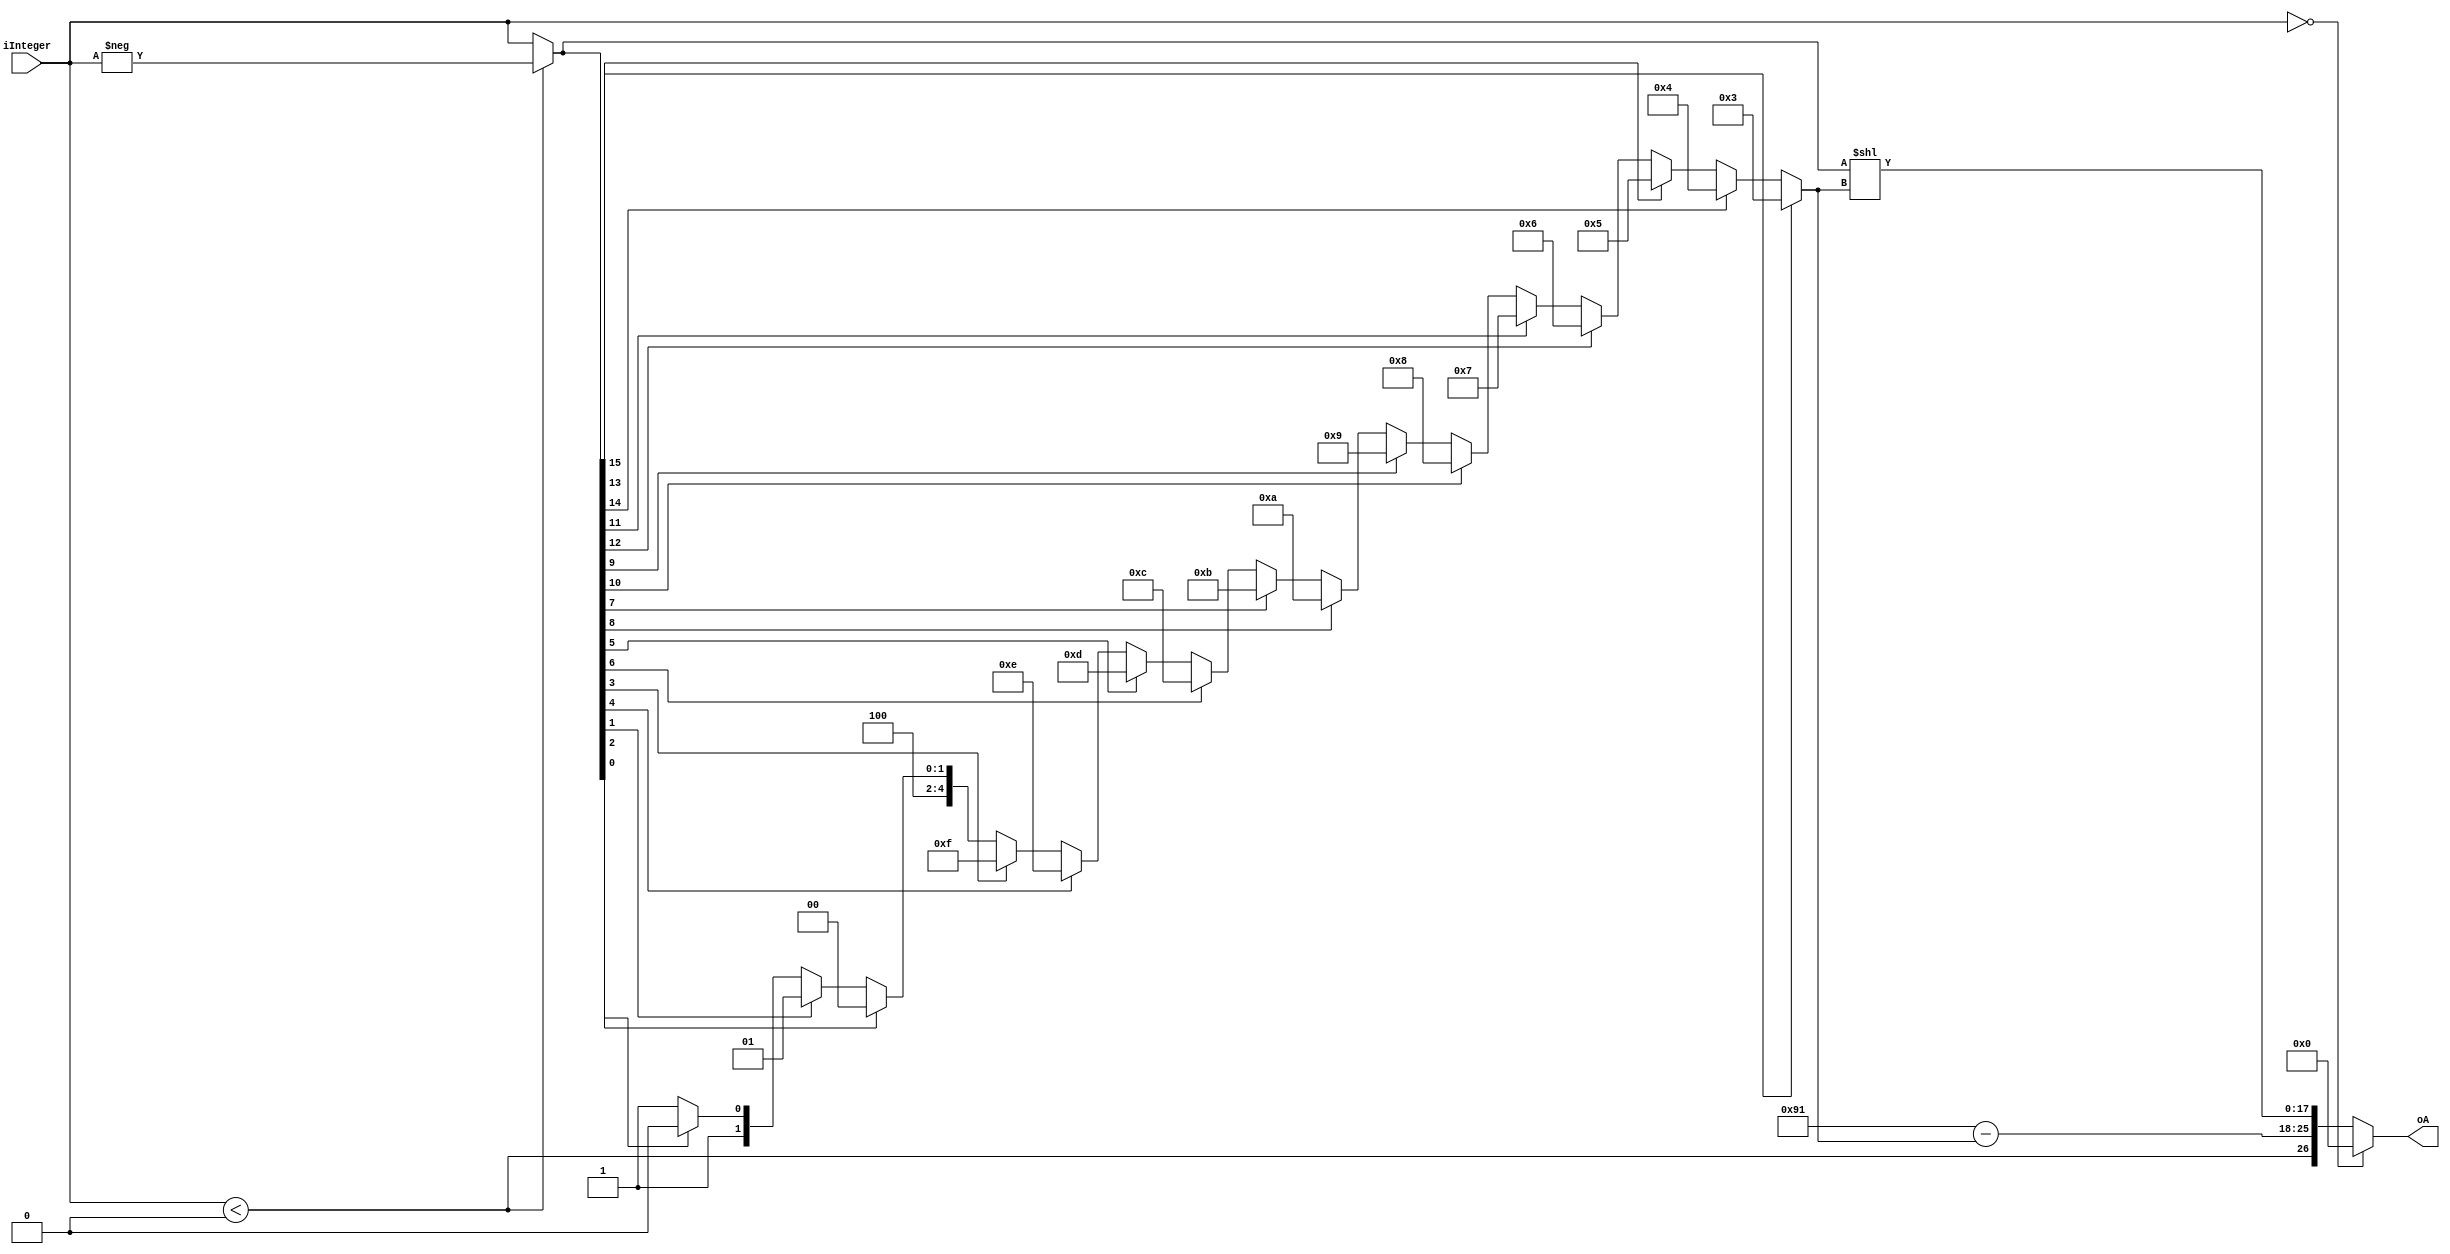
/**************************************************************************
 * Following floating point modules written by Bruce Land                                       
 * March 2017      
 *************************************************************************/
/**************************************************************************
 * Floating Point to 16-bit integer                                             *
 * Combinational      
 * Numbers with mag > than +/-32768 get clipped to 32768 or -32768
 *************************************************************************/
 module Int2Fp(
		input signed [15:0]	iInteger,
		output[26:0]	oA		
 );
		// output fields
    wire        A_s;
    wire [7:0]  A_e;
    wire [17:0] A_f;
    
	 wire [15:0] abs_input ;
	 // get output sign bit
	 assign A_s = (iInteger < 0);
	 // remove sign from input
	 assign abs_input = (iInteger < 0)? -iInteger : iInteger ;
	 
	 // find the most significant (nonzero) bit
	 wire [7:0]  shft_amt;
	 assign shft_amt = abs_input[15] ? 8'd3 :
                      abs_input[14] ? 8'd4 : abs_input[13] ? 8'd5 :
                      abs_input[12] ? 8'd6 : abs_input[11] ? 8'd7 :
                      abs_input[10] ? 8'd8 : abs_input[9]  ? 8'd9 :
                      abs_input[8]  ? 8'd10 : abs_input[7]  ? 8'd11 :
                      abs_input[6]  ? 8'd12 : abs_input[5]  ? 8'd13 :
                      abs_input[4]  ? 8'd14 : abs_input[3]  ? 8'd15 :
                      abs_input[2]  ? 8'd16 : abs_input[1]  ? 8'd17 :
                      abs_input[0]  ? 8'd18 : 8'd19;	
	 // exponent 127 + (18-shift_amt)
	 // 127 is 2^0
	 // 18 is amount '1' is shifted
	 assign A_e = 127 + 18 - shft_amt ;
	 // where the intermediate value is formed
	 wire [33:0] shift_buffer ;
	 // remember that the high-order '1' is not stored,
	 // but is shifted to bit 18
	 assign shift_buffer = {16'b0, abs_input} << shft_amt ;
	 assign A_f = shift_buffer[17:0];
	 assign oA = (iInteger==0)? 27'b0 : {A_s, A_e, A_f};
	 
 endmodule //Int2Fp
 
 /**************************************************************************
 * Floating Point to 16-bit integer                                             *
 * Combinational      
 * Numbers with mag > than +/-32768 get clipped to 32768 or -32768
 *************************************************************************/
 module Fp2Int(
		input	 [26:0]	iA,
		output reg [15:0]	oInteger
 );
		// Extract fields of A and B.
    wire        A_s;
    wire [7:0]  A_e;
    wire [17:0] A_f;
    assign A_s = iA[26];
    assign A_e = iA[25:18];
    assign A_f = iA[17:0];
	 
	 wire [15:0] max_int = 16'h7fff ; //32768
	 wire [33:0] shift_buffer ;
	 // form (1.A_f) and shift it to postiion
	 assign shift_buffer = {15'b0, 1'b1, A_f}<<(A_e-127) ;
	 
	 // If exponent less than 127, oInteger=0
	 // If exponent greater than 127+14 oInteger=max value
	 // Between these two values:
	 //	set up input mantissa with 1.mantissa 
	 //	   and the "1." in the lowest bit of an extended word.
	 // 	shift-left by A_e-127
	 // If the sign bit is set, negate oInteger
	 	
	 always @(*) begin
			if (A_e < 127) oInteger = 16'b0;
			else if (A_e > 141) begin
				if (A_s) oInteger = -max_int;
				else     oInteger = max_int;
			end
			else begin
				if (A_s) oInteger = -shift_buffer[33:18];
				else     oInteger = shift_buffer[33:18];
			end
	 end
	 
 endmodule //Fp2Int
 
/**************************************************************************
 * Floating Point shift                                             *
 * Combinational      
 * Negative shift input is right shift
 *************************************************************************/
 module FpShift(
		input	 [26:0]	iA,
		input   [7:0] 	iShift,
		output [26:0]	oShifted
 );
		// Extract fields of A and B.
    wire        A_s;
    wire [7:0]  A_e;
    wire [17:0] A_f;
    assign A_s = iA[26];
    assign A_e = iA[25:18];
    assign A_f = iA[17:0];
	 // Flip bit 26
	 // zero the output if underflow/overflow
//    assign oShifted = (A_e+iShift<8'd254 && A_e+iShift>8'd2)? 
//									{A_s, A_e+iShift, A_f} 
	 assign oShifted = {A_s, A_e+iShift, A_f} ;	
 endmodule //FpShift
 
/**************************************************************************
 * Floating Point sign negation                                             *
 * Combinational                                                          *
 *************************************************************************/
 module FpNegate(
		input	 [26:0]	iA,
		output [26:0]	oNegative
 );
		// Extract fields of A and B.
    wire        A_s;
    wire [7:0]  A_e;
    wire [17:0] A_f;
    assign A_s = iA[26];
    assign A_e = iA[25:18];
    assign A_f = iA[17:0];
	 // Flip bit 26
    assign oNegative = {~A_s, A_e, A_f};	
 endmodule //FpNegate

 /**************************************************************************
 * Floating Point absolute                                             *
 * Combinational                                                          *
 *************************************************************************/
 module FpAbs(
		input	 [26:0]	iA,
		output [26:0]	oAbs
 );
		// Extract fields of A and B.
    wire        A_s;
    wire [7:0]  A_e;
    wire [17:0] A_f;
    assign A_s = iA[26];
    assign A_e = iA[25:18];
    assign A_f = iA[17:0];
	 // zero bit 26
    assign oAbs = {1'b0, A_e, A_f};	
 endmodule //Fp absolute
 
 /**************************************************************************
 * Floating Point compare                                             *
 * Combinational     
 * output=1 if A>=B
 *************************************************************************/
 module FpCompare(
		input	 [26:0]	iA,
		input	 [26:0]	iB,
		output reg oA_larger
 );
		// Extract fields of A and B.
    wire        A_s;
    wire [7:0]  A_e;
    wire [17:0] A_f;
	 wire        B_s;
    wire [7:0]  B_e;
    wire [17:0] B_f;
    
    assign A_s = iA[26];
    assign A_e = iA[25:18];
    assign A_f = iA[17:0];
	 assign B_s = iB[26];
    assign B_e = iB[25:18];
    assign B_f = iB[17:0];
	 
	 // Determine which of A, B is larger
	 wire A_mag_larger ;
    assign A_mag_larger =(A_e > B_e)                   ? 1'b1  :
                         ((A_e == B_e) && (A_f >= B_f)) ? 1'b1  :
                         1'b0;
								 
	 // now do the sign checks
	 always @(*) begin
			if (A_s==0 && B_s==1) begin  // A positive, B negative
				oA_larger = 1'b1 ;
			end
			else if (A_s==1 && B_s==0) begin  // A negative, B positive
				oA_larger = 1'b0 ;
			end
			else if (A_s==0 && B_s==0) begin  // A positive, B positive
				oA_larger = A_mag_larger ;
			end
			else if (A_s==1 && B_s==1) begin  // A negative, B negative
				oA_larger = ~A_mag_larger ;
			end
			else oA_larger  = 0; // make sure no inferred latch
	 end
 endmodule //FpCompare
 
/**************************************************************************
 * Following floating point written by Mark Eiding mje56                                                      *
 * ECE 5760                                                               *
 * Modified IEEE single precision FP                                      *
 * bit 26:      Sign     (0: pos, 1: neg)                                 *
 * bits[25:18]: Exponent (unsigned)                                       *
 * bits[17:0]:  Fraction (unsigned)                                       *
 *  (-1)^SIGN * 2^(EXP-127) * (1+.FRAC)                                   *
 * (http://en.wikipedia.org/wiki/Single-precision_floating-point_format)  *
 * Adapted from Skyler Schneider ss868                                    *
 *************************************************************************/
/**************************************************************************
 * Floating Point Fast Inverse Square Root                                *
 * 5-stage pipeline                                                       *
 * http://en.wikipedia.org/wiki/Fast_inverse_square_root                  *
 * Magic number 27'd49920718                                              *
 * 1.5 = 27'd33423360                                                     *
 *************************************************************************/
module FpInvSqrt (
    input             iCLK,
    input      [26:0] iA,
    output     [26:0] oInvSqrt
);

    // Extract fields of A and B.
    wire        A_s;
    wire [7:0]  A_e;
    wire [17:0] A_f;
    assign A_s = iA[26];
    assign A_e = iA[25:18];
    assign A_f = iA[17:0];

    //Stage 1
    wire [26:0] y_1, y_1_out, half_iA_1;
    assign y_1 = 27'd49920718 - (iA>>1);
    assign half_iA_1 = {A_s, A_e-8'd1,A_f};
    FpMul s1_mult ( .iA(y_1), .iB(y_1), .oProd(y_1_out) );
    //Stage 2
    reg [26:0] y_2, mult_2_in, half_iA_2;
    wire [26:0] y_2_out;
    FpMul s2_mult ( .iA(half_iA_2), .iB(mult_2_in), .oProd(y_2_out) );
    //Stage 3
    reg [26:0] y_3, add_3_in;
    wire [26:0] y_3_out;
    FpAdd s3_add ( .iCLK(iCLK), .iA({~add_3_in[26],add_3_in[25:0]}), .iB(27'd33423360), .oSum(y_3_out) );
    //Stage 4
    reg [26:0] y_4;
    //Stage 5
    reg [26:0] y_5;
    FpMul s5_mult ( .iA(y_5), .iB(y_3_out), .oProd(oInvSqrt) );
    
    always @(posedge iCLK) begin
    //Stage 1 to 2
    y_2 <= y_1;
    mult_2_in <= y_1_out;
    half_iA_2 <= half_iA_1;
    //Stage 2 to 3
    y_3 <= y_2;
    add_3_in <= y_2_out;
    //Stage 3 to 4
    y_4 <= y_3;
    //Stage 4 to 5
    y_5 <= y_4;
    end
endmodule

/**************************************************************************
 * Floating Point Multiplier                                              *
 * Combinational                                                          *
 *************************************************************************/
module FpMul (
    input      [26:0] iA,    // First input
    input      [26:0] iB,    // Second input
    output     [26:0] oProd  // Product
);

    // Extract fields of A and B.
    wire        A_s;
    wire [7:0]  A_e;
    wire [17:0] A_f;
    wire        B_s;
    wire [7:0]  B_e;
    wire [17:0] B_f;
    assign A_s = iA[26];
    assign A_e = iA[25:18];
    assign A_f = {1'b1, iA[17:1]};
    assign B_s = iB[26];
    assign B_e = iB[25:18];
    assign B_f = {1'b1, iB[17:1]};

    // XOR sign bits to determine product sign.
    wire        oProd_s;
    assign oProd_s = A_s ^ B_s;

    // Multiply the fractions of A and B
    wire [35:0] pre_prod_frac;
    assign pre_prod_frac = A_f * B_f;

    // Add exponents of A and B
    wire [8:0]  pre_prod_exp;
    assign pre_prod_exp = A_e + B_e;

    // If top bit of product frac is 0, shift left one
    wire [7:0]  oProd_e;
    wire [17:0] oProd_f;
    assign oProd_e = pre_prod_frac[35] ? (pre_prod_exp-9'd126) : (pre_prod_exp - 9'd127);
    assign oProd_f = pre_prod_frac[35] ? pre_prod_frac[34:17] : pre_prod_frac[33:16];

    // Detect underflow
    wire        underflow;
    assign underflow = pre_prod_exp < 9'h80;

    // Detect zero conditions (either product frac doesn't start with 1, or underflow)
    assign oProd = underflow        ? 27'b0 :
                   (B_e == 8'd0)    ? 27'b0 :
                   (A_e == 8'd0)    ? 27'b0 :
                   {oProd_s, oProd_e, oProd_f};

endmodule


/**************************************************************************
 * Floating Point Adder                                                   *
 * 2-stage pipeline                                                       *
 *************************************************************************/
module FpAdd (
    input             iCLK,
    input      [26:0] iA,
    input      [26:0] iB,
    output reg [26:0] oSum
);

    // Extract fields of A and B.
    wire        A_s;
    wire [7:0]  A_e;
    wire [17:0] A_f;
    wire        B_s;
    wire [7:0]  B_e;
    wire [17:0] B_f;
    assign A_s = iA[26];
    assign A_e = iA[25:18];
    assign A_f = {1'b1, iA[17:1]};
    assign B_s = iB[26];
    assign B_e = iB[25:18];
    assign B_f = {1'b1, iB[17:1]};
    wire A_larger;

    // Shift fractions of A and B so that they align.
    wire [7:0]  exp_diff_A;
    wire [7:0]  exp_diff_B;
    wire [7:0]  larger_exp;
    wire [36:0] A_f_shifted;
    wire [36:0] B_f_shifted;

    assign exp_diff_A = B_e - A_e; // if B bigger
    assign exp_diff_B = A_e - B_e; // if A bigger

    assign larger_exp = (B_e > A_e) ? B_e : A_e;

    assign A_f_shifted = A_larger             ? {1'b0,  A_f, 18'b0} :
                         (exp_diff_A > 9'd35) ? 37'b0 :
                         ({1'b0, A_f, 18'b0} >> exp_diff_A);
    assign B_f_shifted = ~A_larger            ? {1'b0,  B_f, 18'b0} :
                         (exp_diff_B > 9'd35) ? 37'b0 :
                         ({1'b0, B_f, 18'b0} >> exp_diff_B);

    // Determine which of A, B is larger
    assign A_larger =    (A_e > B_e)                   ? 1'b1  :
                         ((A_e == B_e) && (A_f > B_f)) ? 1'b1  :
                         1'b0;

    // Calculate sum or difference of shifted fractions.
    wire [36:0] pre_sum;
    assign pre_sum = ((A_s^B_s) &  A_larger) ? A_f_shifted - B_f_shifted :
                     ((A_s^B_s) & ~A_larger) ? B_f_shifted - A_f_shifted :
                     A_f_shifted + B_f_shifted;

    // buffer midway results
    reg  [36:0] buf_pre_sum;
    reg  [7:0]  buf_larger_exp;
    reg         buf_A_e_zero;
    reg         buf_B_e_zero;
    reg  [26:0] buf_A;
    reg  [26:0] buf_B;
    reg         buf_oSum_s;
    always @(posedge iCLK) begin
        buf_pre_sum    <= pre_sum;
        buf_larger_exp <= larger_exp;
        buf_A_e_zero   <= (A_e == 8'b0);
        buf_B_e_zero   <= (B_e == 8'b0);
        buf_A          <= iA;
        buf_B          <= iB;
        buf_oSum_s     <= A_larger ? A_s : B_s;
    end

    // Convert to positive fraction and a sign bit.
    wire [36:0] pre_frac;
    assign pre_frac = buf_pre_sum;

    // Determine output fraction and exponent change with position of first 1.
    wire [17:0] oSum_f;
    wire [7:0]  shft_amt;
    assign shft_amt = pre_frac[36] ? 8'd0  : pre_frac[35] ? 8'd1  :
                      pre_frac[34] ? 8'd2  : pre_frac[33] ? 8'd3  :
                      pre_frac[32] ? 8'd4  : pre_frac[31] ? 8'd5  :
                      pre_frac[30] ? 8'd6  : pre_frac[29] ? 8'd7  :
                      pre_frac[28] ? 8'd8  : pre_frac[27] ? 8'd9  :
                      pre_frac[26] ? 8'd10 : pre_frac[25] ? 8'd11 :
                      pre_frac[24] ? 8'd12 : pre_frac[23] ? 8'd13 :
                      pre_frac[22] ? 8'd14 : pre_frac[21] ? 8'd15 :
                      pre_frac[20] ? 8'd16 : pre_frac[19] ? 8'd17 :
                      pre_frac[18] ? 8'd18 : pre_frac[17] ? 8'd19 :
                      pre_frac[16] ? 8'd20 : pre_frac[15] ? 8'd21 :
                      pre_frac[14] ? 8'd22 : pre_frac[13] ? 8'd23 :
                      pre_frac[12] ? 8'd24 : pre_frac[11] ? 8'd25 :
                      pre_frac[10] ? 8'd26 : pre_frac[9]  ? 8'd27 :
                      pre_frac[8]  ? 8'd28 : pre_frac[7]  ? 8'd29 :
                      pre_frac[6]  ? 8'd30 : pre_frac[5]  ? 8'd31 :
                      pre_frac[4]  ? 8'd32 : pre_frac[3]  ? 8'd33 :
                      pre_frac[2]  ? 8'd34 : pre_frac[1]  ? 8'd35 :
                      pre_frac[0]  ? 8'd36 : 8'd37;

    wire [53:0] pre_frac_shft, uflow_shift;
	 // the shift +1 is because high order bit is not stored, but implied
    assign pre_frac_shft = {pre_frac, 17'b0} << (shft_amt+1); //? shft_amt+1
	 assign uflow_shift = {pre_frac, 17'b0} << (shft_amt); //? shft_amt for overflow
    assign oSum_f = pre_frac_shft[53:36];

    wire [7:0] oSum_e;
    assign oSum_e = buf_larger_exp - shft_amt + 8'b1;

    // Detect underflow
    wire underflow;
	 // this incorrectly sets uflow for 10-10.1
    //assign underflow = ~oSum_e[7] && buf_larger_exp[7] && (shft_amt != 8'b0);
	 
	 // if top bit of matissa is not set, then denorm
	 assign underflow = ~uflow_shift[53]; 
	 
	 always @(posedge iCLK) begin
			oSum <= (buf_A_e_zero && buf_B_e_zero)    ? 27'b0 :
                  buf_A_e_zero                     ? buf_B :
                  buf_B_e_zero                     ? buf_A :
                  underflow                        ? 27'b0 :
                  (pre_frac == 0)                  ? 27'b0 :
                  {buf_oSum_s, oSum_e, oSum_f};
	 end //output update
endmodule

/// end /////////////////////////////////////////////////////////////////////